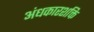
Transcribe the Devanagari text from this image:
अंधकारशक्ति